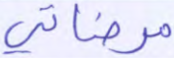
مرضاتي